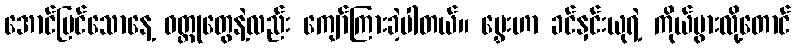
အောင်မြင်သောနေ့ ဝတ္ထုတွေနဲ့လည်း ကျော်ကြားခဲ့ပါတယ်။ မွှေးဟာ ခင်နှင်းယုရဲ့ ကိုယ်ပွားလို့တောင်